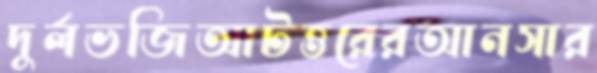
দুর্লভজিআটত্তরেরআনসার